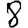
Digit: 8